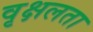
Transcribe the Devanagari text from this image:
वृक्षलता